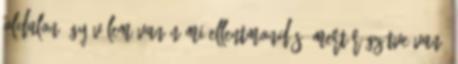
oldalon úgy vélem van némi ellentmondás, mert rögzítve van,